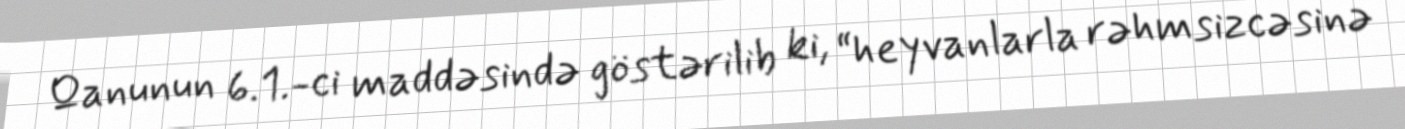
Qanunun 6.1.-ci maddəsində göstərilib ki, “heyvanlarla rəhmsizcəsinə